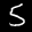
Label: 5